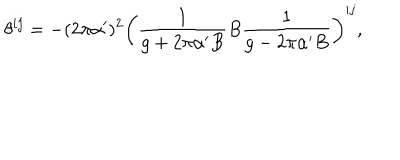
LaTeX: \theta ^ { i j } = - ( 2 \pi \alpha ^ { \prime } ) ^ { 2 } \left( \frac { 1 } { g + 2 \pi \alpha ^ { \prime } B } B \frac { 1 } { g - 2 \pi \alpha ^ { \prime } B } \right) ^ { i j } ,